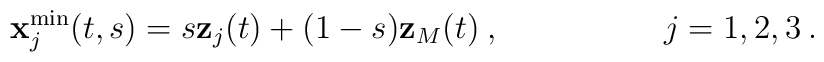
{\bf x}_j^{\rm min} (t,s) =s {\bf z}_j (t) + (1-s) {\bf z}_{M}(t)\> ,\      \    \    \qquad \qquad  j=1,2,3 \> .